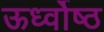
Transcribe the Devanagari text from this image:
ऊर्ध्वोष्ठ